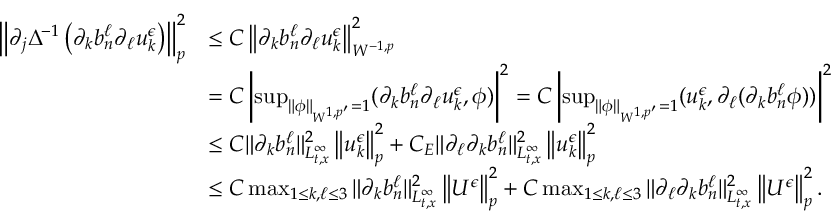
\begin{array} { r l } { \left\| \partial _ { j } \Delta ^ { - 1 } \left( \partial _ { k } b _ { n } ^ { \ell } \partial _ { \ell } u _ { k } ^ { \epsilon } \right) \right\| _ { p } ^ { 2 } } & { \leq C \left\| \partial _ { k } b _ { n } ^ { \ell } \partial _ { \ell } u _ { k } ^ { \epsilon } \right\| _ { W ^ { - 1 , p } } ^ { 2 } } \\ & { = C \left| \operatorname* { s u p } _ { \| \phi \| _ { W ^ { 1 , p ^ { \prime } } } = 1 } ( \partial _ { k } b _ { n } ^ { \ell } \partial _ { \ell } u _ { k } ^ { \epsilon } , \phi ) \right| ^ { 2 } = C \left| \operatorname* { s u p } _ { \| \phi \| _ { W ^ { 1 , p ^ { \prime } } } = 1 } ( u _ { k } ^ { \epsilon } , \partial _ { \ell } ( \partial _ { k } b _ { n } ^ { \ell } \phi ) ) \right| ^ { 2 } } \\ & { \leq C \| \partial _ { k } b _ { n } ^ { \ell } \| _ { L _ { t , x } ^ { \infty } } ^ { 2 } \left\| u _ { k } ^ { \epsilon } \right\| _ { p } ^ { 2 } + C _ { E } \| \partial _ { \ell } \partial _ { k } b _ { n } ^ { \ell } \| _ { L _ { t , x } ^ { \infty } } ^ { 2 } \left\| u _ { k } ^ { \epsilon } \right\| _ { p } ^ { 2 } } \\ & { \leq C \operatorname* { m a x } _ { 1 \leq k , \ell \leq 3 } \| \partial _ { k } b _ { n } ^ { \ell } \| _ { L _ { t , x } ^ { \infty } } ^ { 2 } \left\| U ^ { \epsilon } \right\| _ { p } ^ { 2 } + C \operatorname* { m a x } _ { 1 \leq k , \ell \leq 3 } \| \partial _ { \ell } \partial _ { k } b _ { n } ^ { \ell } \| _ { L _ { t , x } ^ { \infty } } ^ { 2 } \left\| U ^ { \epsilon } \right\| _ { p } ^ { 2 } . } \end{array}